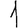
Digit: 1